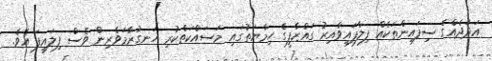
އަދަދެއްގެ ސިފައިންތަކެއް ފިލާފައިވާއިރު ގައްޒާފީގެ ހިމާޔަތުގައި މަސައްކަތްކުރި ހަނގުރާމަވެރިން ވެސް ފިލައިފަ އެވެ.